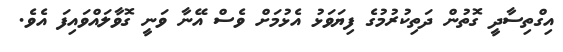
އިގްތިސާދީ ގޮތުން ދަތިކުރުމުގެ ފިޔަވަޅު އެޅުމަށް ވެސް އޭނާ ވަނީ ގޮވާލައްވައިފަ އެވެ.